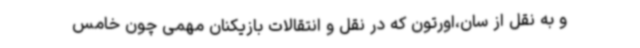
و به نقل از سان،اورتون که در نقل و انتقالات بازیکنان مهمی چون خامس